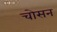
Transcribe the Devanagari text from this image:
चोसन